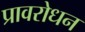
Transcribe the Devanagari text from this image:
प्रावरोधन